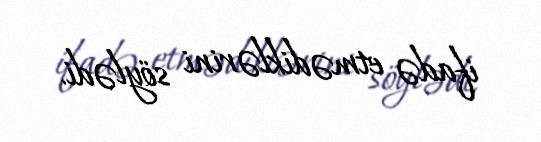
ifadə etmədiklərini söylədi.